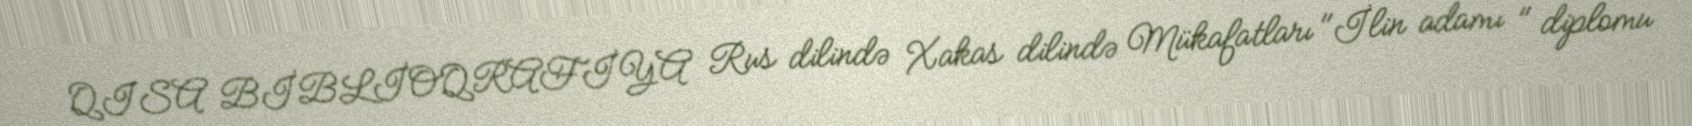
QISA BİBLİOQRAFİYA Rus dilində Xakas dilində Mükafatları "İlin adamı " diplomu